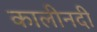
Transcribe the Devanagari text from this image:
कालीनदी